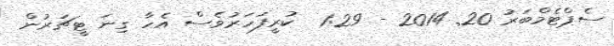
ސެޕްޓެމްބަރު 20